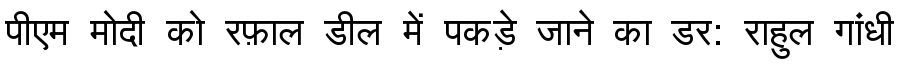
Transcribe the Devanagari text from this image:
पीएम मोदी को रफ़ाल डील में पकड़े जाने का डर: राहुल गांधी